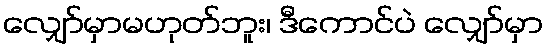
လျှော်မှာမဟုတ်ဘူး၊ ဒီကောင်ပဲ လျှော်မှာ